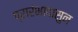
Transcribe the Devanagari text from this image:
प्रारंभापासुन